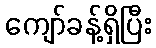
ကျော်ခန့်ရှိပြီး